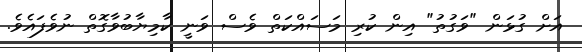
އަށް ގުޅަން "ވަގުތު" އިން ކުރި މަސައްކަތް ވެސް ވަނީ ކާމިޔާބުވާގޮތް ނުވެފައެވެ.